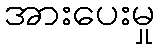
အားပေးမှု